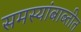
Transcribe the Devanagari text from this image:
समस्यांबाब्तीत